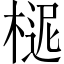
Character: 𣖗